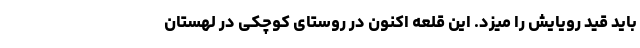
باید قید رویایش را میزد. این قلعه اکنون در روستای کوچکی در لهستان